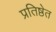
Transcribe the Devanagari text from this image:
प्रतिष्ठेत